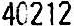
40212